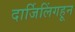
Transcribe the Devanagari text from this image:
दार्जिलिंगहून